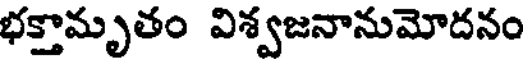
భక్తామృతం విశ్వజనానుమోదనం